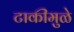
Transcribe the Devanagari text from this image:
टाकीमुळे